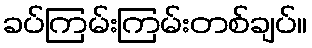
ခပ်ကြမ်းကြမ်းတစ်ချပ်။